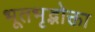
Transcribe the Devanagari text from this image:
भूतभृद्भोक्ता